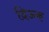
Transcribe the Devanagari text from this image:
दिऊक